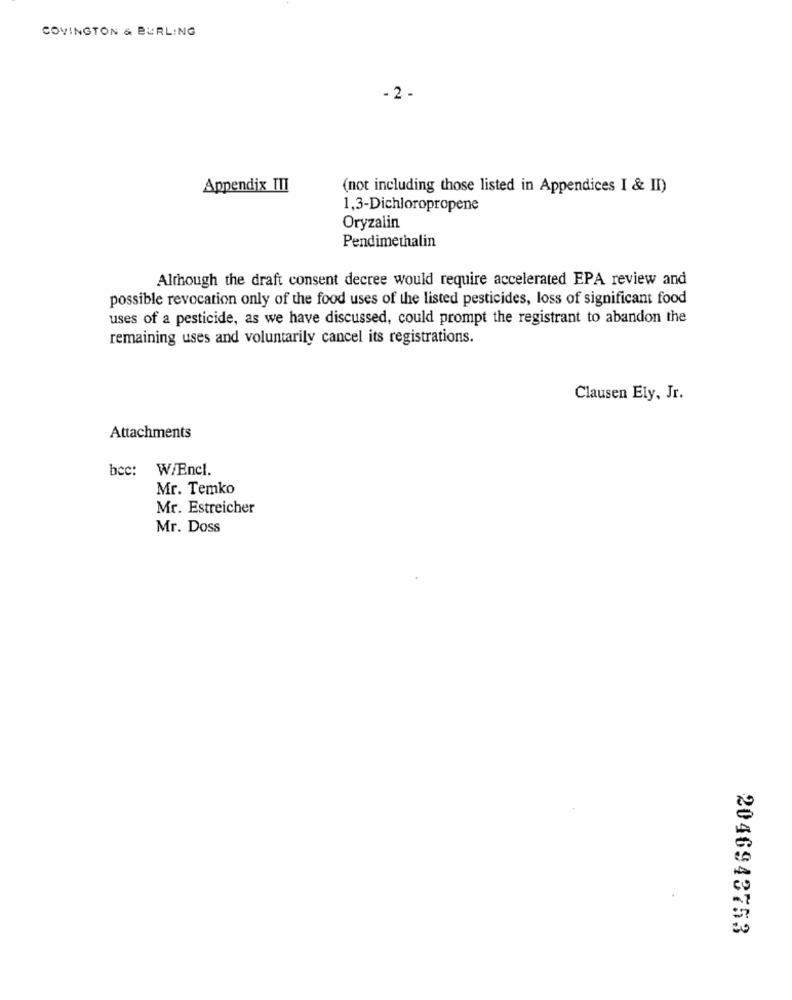
COVINGTON & BURLING
- 2 -
Appendix TII
(not including those listed in Appendices I & II)
1,3-Dichloropropene
Oryzalin
Pendimethalin
Although the draft consent decree would require accelerated EPA review and
possible revocation only of the food uses of the listed pesticides, loss of significant food
uses of a pesticide, as we have discussed, could prompt the registrant to abandon the
remaining uses and voluntarily cancel its registrations.
Clausen Ely, Jr.
Attachments
bcc: W/Encl.
Mr. Temko
Mr. Estreicher
Mr. Doss
2046943753